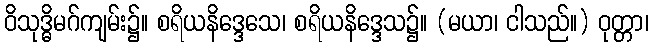
ဝိသုဒ္ဓိမဂ်ကျမ်း၌။ စရိယနိဒ္ဒေသေ၊ စရိယနိဒ္ဒေသ၌။ (မယာ၊ ငါသည်။) ဝုတ္တာ၊